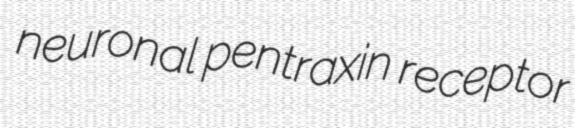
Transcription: neuronal pentraxin receptor